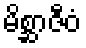
မိစ္ဆာဇီဝံ